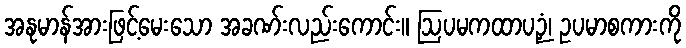
အနုမာန်အားဖြင့်မေးသော အခဏ်းလည်းကောင်း။ ဩပမကထာပဉှံ၊ ဥပမာစကားကို